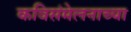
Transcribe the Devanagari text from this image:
कविसंमेलनाच्या